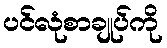
ပင်လုံစာချုပ်ကို